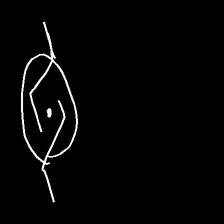
Glyph: repetition